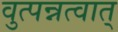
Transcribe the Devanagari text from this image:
वुत्पन्नत्वात्